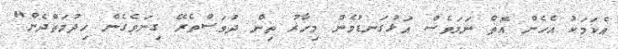
އެކަމަކު އެހެން އޮތް ނަމަވެސް އަޅުގަނޑުމެން މިހާރު ތިން ދުވަސްތެރޭ ގިނަވެގެން ހިދުމަތްދެން"